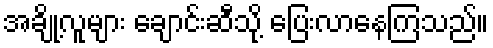
အချို့လူများ ချောင်းဆီသို့ ပြေးလာနေကြသည်။